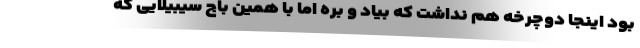
بود اینجا دوچرخه هم نداشت که بیاد و بره اما با همین باج سیبیلایی که